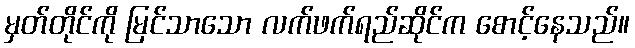
မှတ်တိုင်ကို မြင်သာသော လက်ဖက်ရည်ဆိုင်က စောင့်နေသည်။